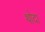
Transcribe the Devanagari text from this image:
थोदा